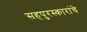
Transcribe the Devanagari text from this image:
सहपुरस्कारांचे